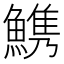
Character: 𩺫